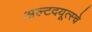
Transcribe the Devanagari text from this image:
अल्टदयूत्स्चे